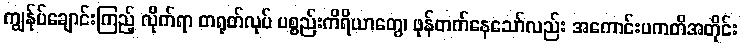
ကျွန်ုပ်ချောင်းကြည့် လိုက်ရာ တရုတ်လုပ် ပစ္စည်းကိရိယာတွေ၊ ဖုန်တက်နေသော်လည်း အကောင်းပကတိအတိုင်း